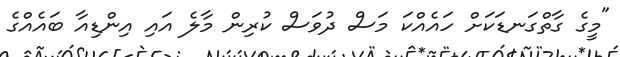
"މީގެ ގާތްގަނޑަކަށް ހައެއްކަ މަސް ދުވަސް ކުރިން މާލެ އައި އިންޑިއާ ބައެއްގެ